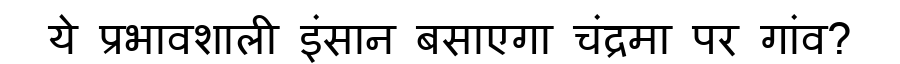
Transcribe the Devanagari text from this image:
ये प्रभावशाली इंसान बसाएगा चंद्रमा पर गांव?